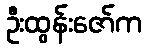
ဦးထွန်းဇော်က